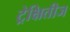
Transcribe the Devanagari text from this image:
ट्रेक्षितीज